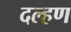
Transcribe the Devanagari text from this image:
दल्हण